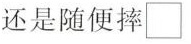
还是随便摔\Box